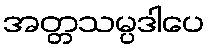
အတ္တသမ္ပဒါပေ